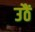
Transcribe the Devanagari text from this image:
उठैं